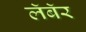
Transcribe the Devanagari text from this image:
लॅबॅर